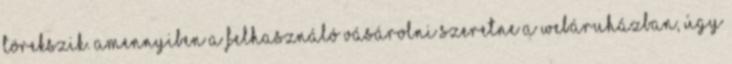
törekszik. Amennyiben a felhasználó vásárolni szeretne a webáruházban, úgy